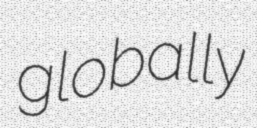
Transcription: globally